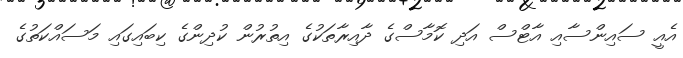
އެއީ ސައިންސާއި އާޓްސް އަދި ކޮމާސްގެ ދާއިރާތަކުގެ އިތުރުން ކުދިންގެ ކިބައިގައި މަސައްކަތުގެ